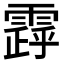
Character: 𩄗